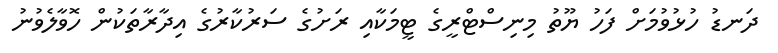
ދަނޑު ހުޅުވުމަށް ފަހު ޔޫތު މިނިސްޓްރީގެ ޓީމަކާއި ރަށުގެ ސަރުކާރުގެ އިދާރާތަކުން ހޮވާލެވުނު